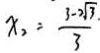
x _ { 2 } = \frac { 3 - \sqrt [ 2 ] { 3 } } { 3 }